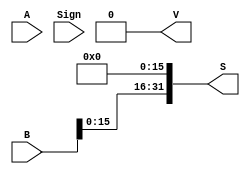
`timescale 1ns / 1ps

module LUI( A, B, Sign, S, V);

    input [31:0] A;
    input [31:0] B;
    input Sign;

    output reg [31:0] S;
    output reg V;

    always@(*)
    begin
        S = {B[15:0], {16{1'b0}}};
        V = 0;
    end

endmodule